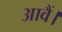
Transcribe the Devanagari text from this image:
आवैं।